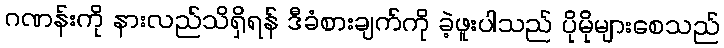
ဂဏန်းကို နားလည်သိရှိရန် ဒီခံစားချက်ကို ခဲ့ဖူးပါသည် ပိုမိုများစေသည်